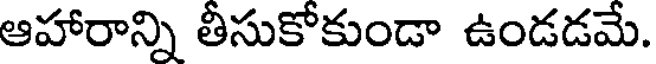
ఆహారాన్ని తీసుకోకుండా ఉండడమే.